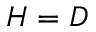
H = D